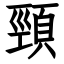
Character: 頸